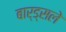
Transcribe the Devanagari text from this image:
बार्ड्सले